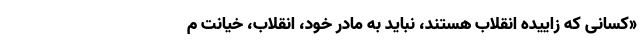
«کسانی که زاییده انقلاب هستند، نباید به مادر خود، انقلاب، خیانت م